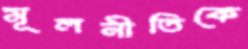
মূলনীতিকে